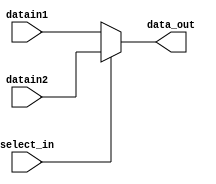
`timescale 1ns / 1ps
module mux_5bit( select_in, datain1, datain2, data_out   );

// Parameters 
parameter WORD_SIZE = 5 ; 

// Input and outputs 
// Modelling with Continuous Assignments 

input  wire select_in ;  
input  wire [WORD_SIZE-1:0] datain1 ; 
input  wire [WORD_SIZE-1:0] datain2 ; 
output wire [WORD_SIZE-1:0] data_out ;

assign data_out = (select_in) ? datain2 : datain1;

endmodule